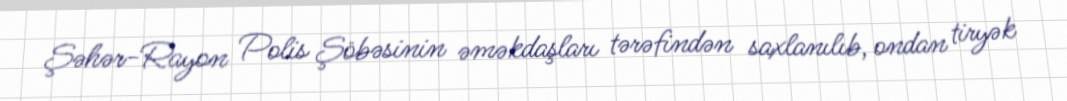
Şəhər-Rayon Polis Şöbəsinin əməkdaşları tərəfindən saxlanılıb, ondan tiryək